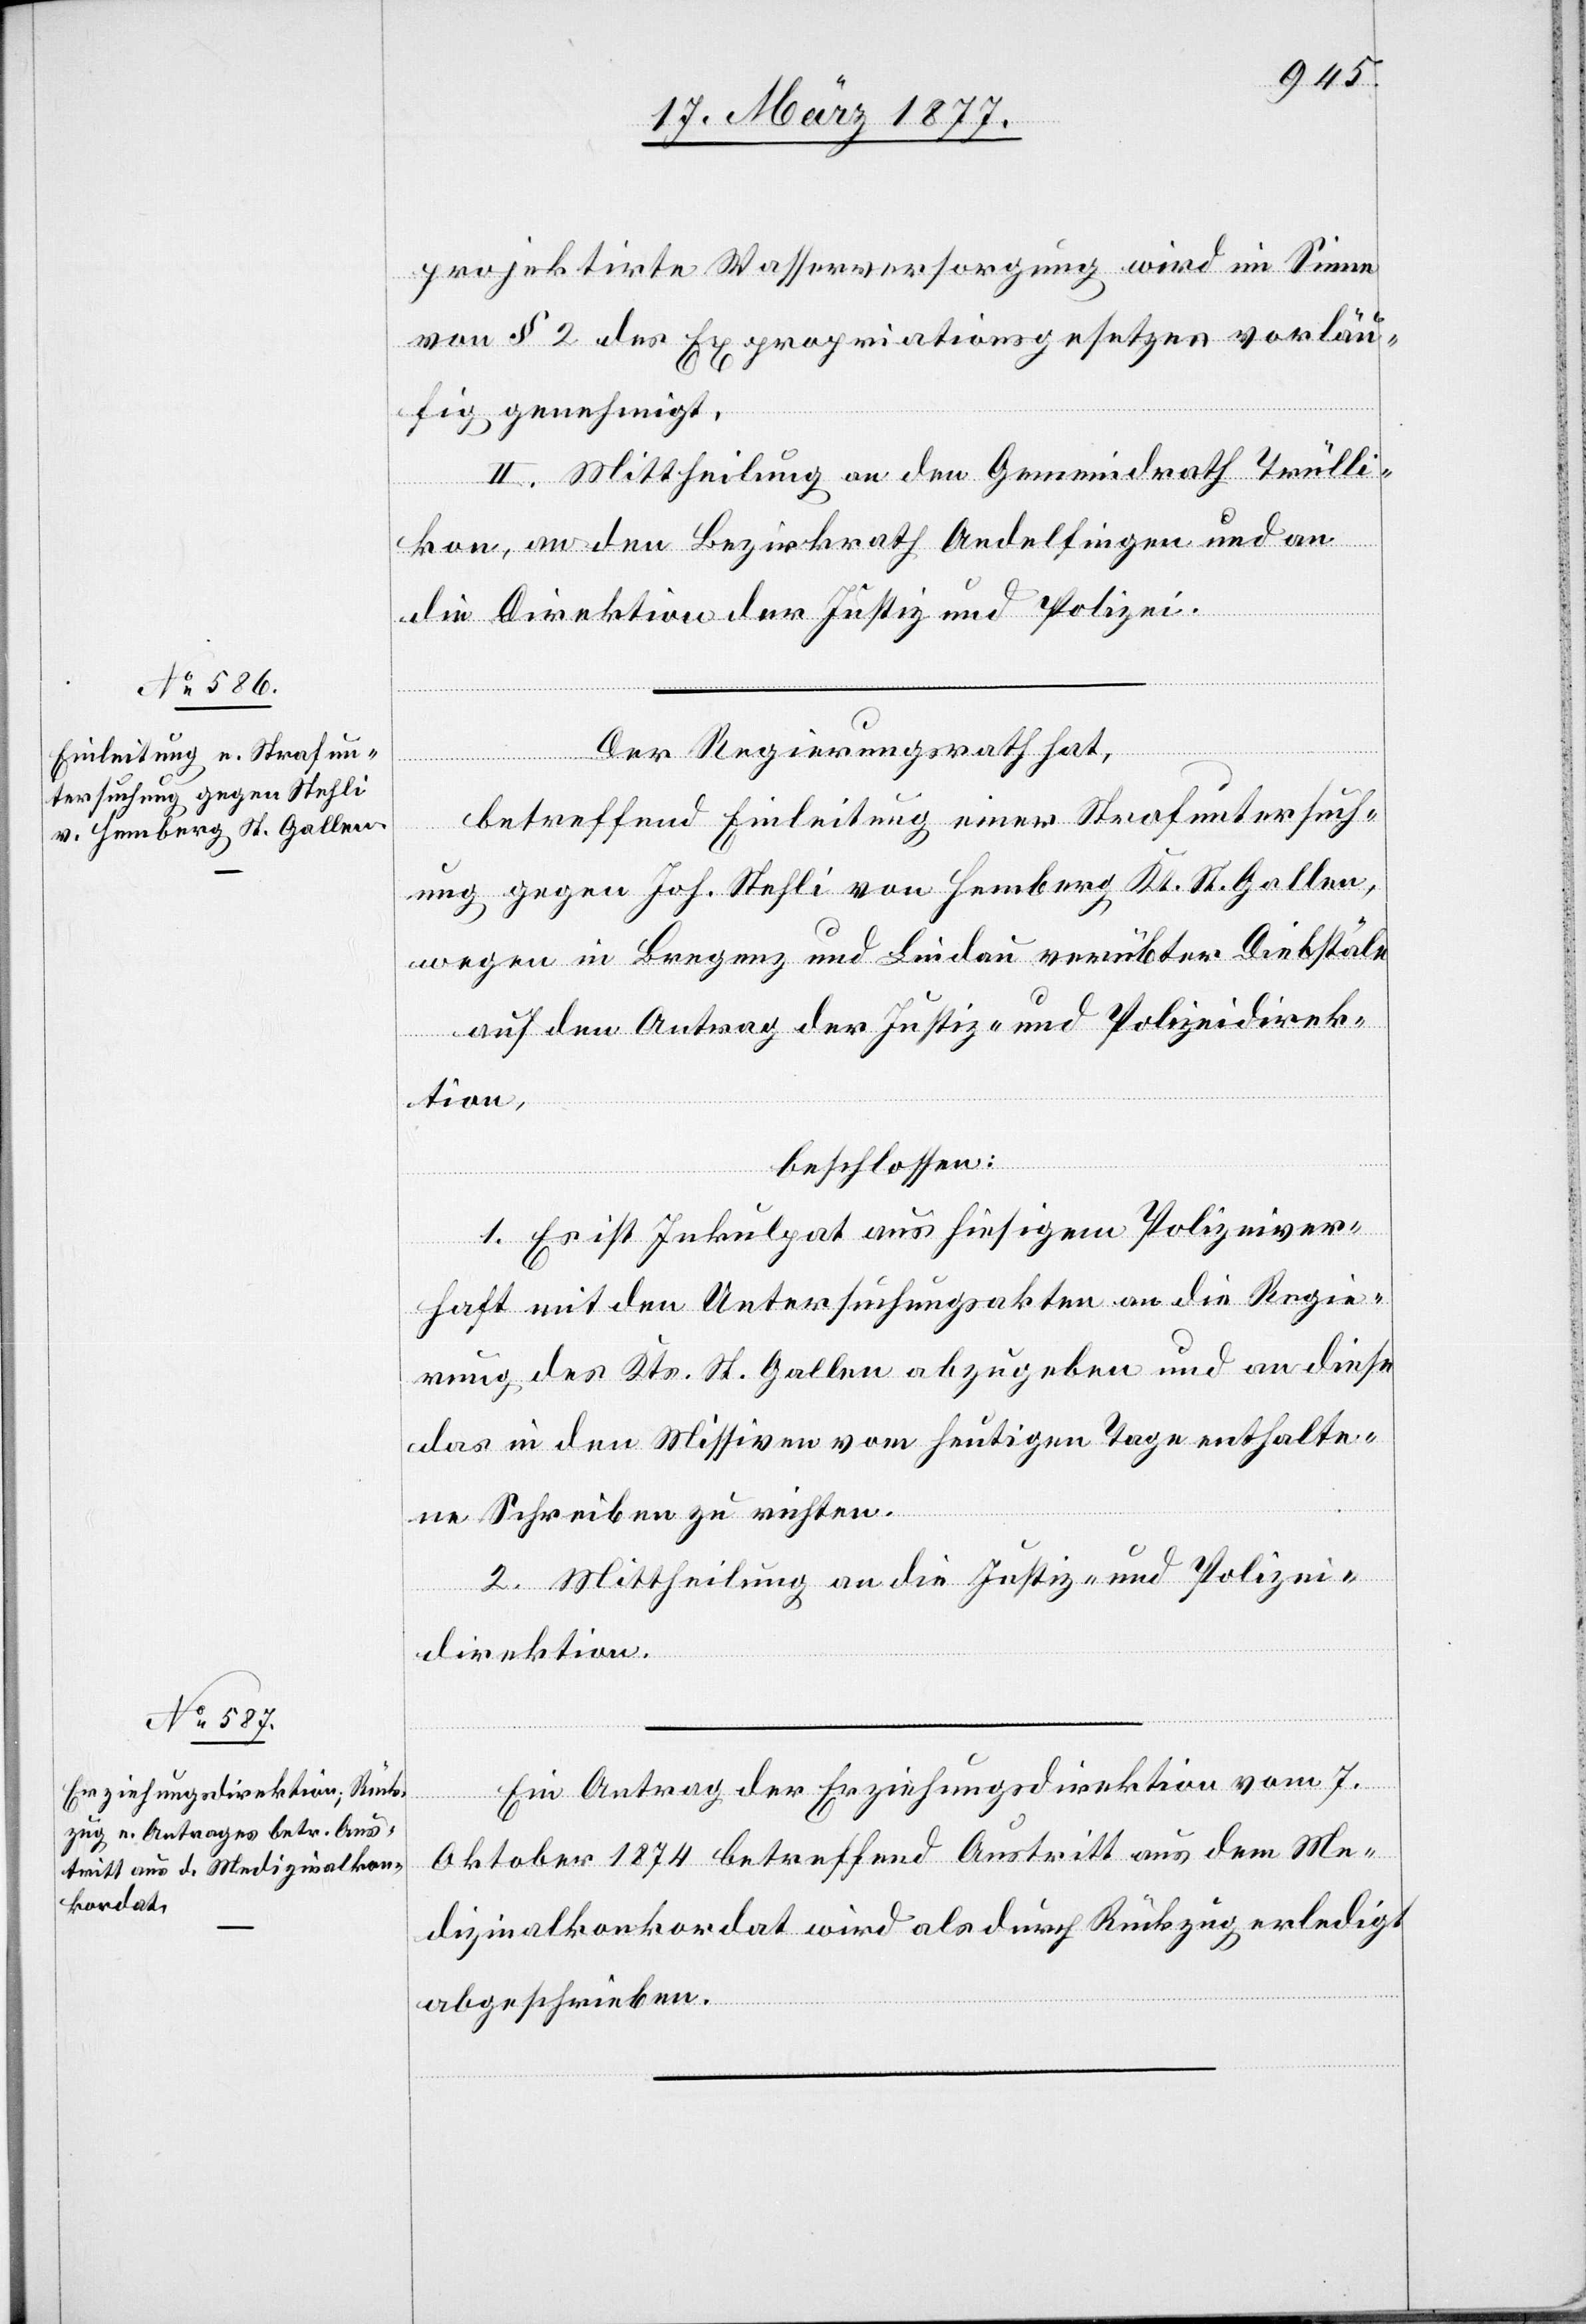
projektirte Wasserversorgung wird im Sinne
von § 2 des Expropriationsgesetzes vorläu¬
fig genehmigt.
II. Mittheilung an den Gemeindrath Trülli¬
kon, an den Bezirksrath Andelfingen und an
die Direktion der Justiz und Polizei.
Der Regierungsrath hat,
betreffend Einleitung einer Strafuntersuch¬
ung gegen Joh. Stehli von Hemberg, Kt. St. Gallen,
wegen in Bregenz und Lindau verübter Diebstäle,
auf den Antrag der Justiz- und Polizeidirek¬
tion,
beschlossen:
1. Es ist Inkulpat aus hiesigem Polizeiver¬
haft mit den Untersuchungsakten an die Regie¬
rung des Kts. St. Gallen abzugeben und an diese
das in den Missiven vom heutigen Tage enthalte¬
ne Schreiben zu richten.
2. Mittheilung an die Justiz- und Polizei¬
direktion.
Ein Antrag der Erziehungsdirektion vom 7.
Oktober 1874 betreffend Austritt aus dem Me¬
dizinalkonkordat wird als durch Rückzug erledigt
abgeschrieben.